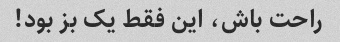
راحت باش، این فقط یک بز بود!